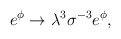
\begin{align*}{e^\phi \rightarrow {\lambda}^{3}{\sigma}^{-3} e^\phi,}\end{align*}